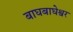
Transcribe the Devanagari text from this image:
बाघबाघेश्वर